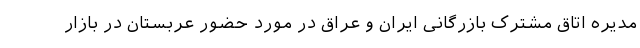
مدیره اتاق مشترک بازرگانی ایران و عراق در مورد حضور عربستان در بازار